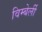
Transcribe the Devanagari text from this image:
विम्बेर्ली